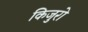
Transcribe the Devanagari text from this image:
किजुरो